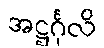
အဋ္ဌင်္ဂုလိ